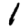
Digit: 1